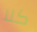
كلا